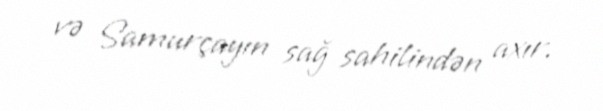
və Samurçayın sağ sahilindən axır.